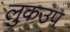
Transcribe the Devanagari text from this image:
लुकउप